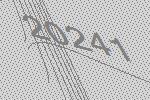
20241